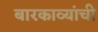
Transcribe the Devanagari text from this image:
बारकाव्यांची